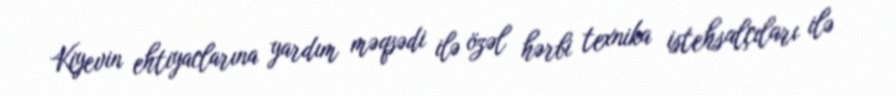
Kiyevin ehtiyaclarına yardım məqsədi ilə özəl hərbi texnika istehsalçıları ilə